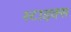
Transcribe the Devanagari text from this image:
स्टाइक्स